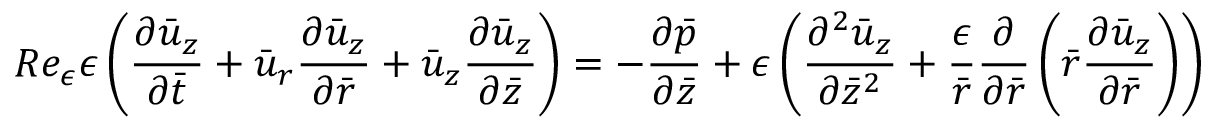
R e _ { \epsilon } { \epsilon } \left( \frac { { \partial } \bar { u } _ { z } } { { \partial } \bar { t } } + \bar { u } _ { r } \frac { { \partial } \bar { u } _ { z } } { { \partial } \bar { r } } + \bar { u } _ { z } \frac { { \partial } \bar { u } _ { z } } { { \partial } \bar { z } } \right) = - \frac { { \partial } \bar { p } } { { \partial } \bar { z } } + { \epsilon } \left( \frac { { \partial } ^ { 2 } \bar { u } _ { z } } { { \partial } \bar { z } ^ { 2 } } + \frac { \epsilon } { \bar { r } } \frac { { \partial } } { { \partial } \bar { r } } \left( \bar { r } \frac { { \partial } \bar { u } _ { z } } { { \partial } \bar { r } } \right) \right)